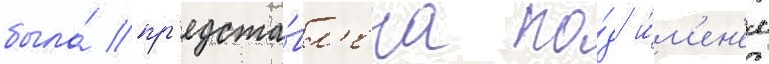
была́ пр'едста́вл'ена по́д и́м'ен'ем